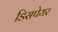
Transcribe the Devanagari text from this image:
डिसपेयर